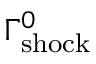
\Gamma _ { \mathrm { s h o c k } } ^ { 0 }